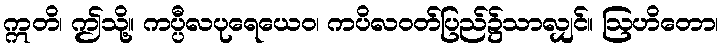
ဣတိ၊ ဤသို့။ ကပ္ပီလပုရေယေဝ၊ ကပိလဝတ်ပြည်၌သာလျှင်။ ဩဟိတော၊